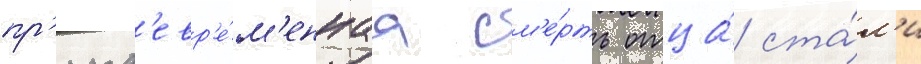
пр'ежд'евр'е́м'еннаа см'е́рть отца́ ста́л'и